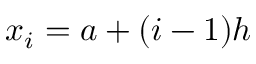
x _ { i } = a + ( i - 1 ) h